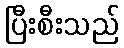
ပြီးစီးသည်